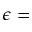
\epsilon =